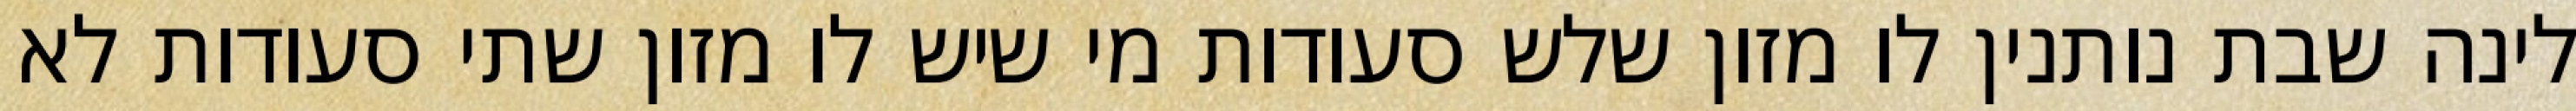
לינה שבת נותנין לו מזון שלש סעודות מי שיש לו מזון שתי סעודות לא